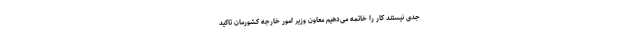
جدی نیستند کار را خاتمه می‌دهیم معاون وزیر امور خارجه کشورمان تاکید